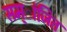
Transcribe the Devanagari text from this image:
सम्ांजित